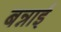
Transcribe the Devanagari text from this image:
बन्नाई